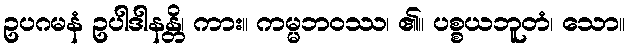
ဥပဂမနံ ဥပါဒါနန္တိ၊ ကား။ ကမ္မဘဝဿ၊ ၏။ ပစ္စယဘူတံ၊ သော။